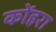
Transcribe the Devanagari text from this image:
कोंहरा